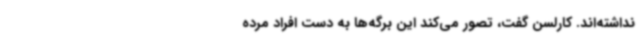
نداشته‌اند. کارلسن گفت، تصور می‌کند این برگه‌ها به دست افراد مرده